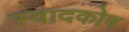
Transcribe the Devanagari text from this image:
स्वादकोष